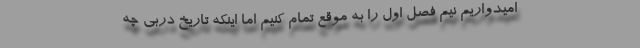
امیدواریم نیم فصل اول را به موقع تمام کنیم اما اینکه تاریخ دربی چه